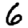
Digit: 6